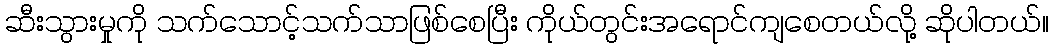
ဆီးသွားမှုကို သက်သောင့်သက်သာဖြစ်စေပြီး ကိုယ်တွင်းအရောင်ကျစေတယ်လို့ ဆိုပါတယ်။